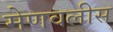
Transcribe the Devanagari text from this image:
मेणवलीस